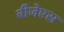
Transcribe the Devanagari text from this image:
बीजेएस